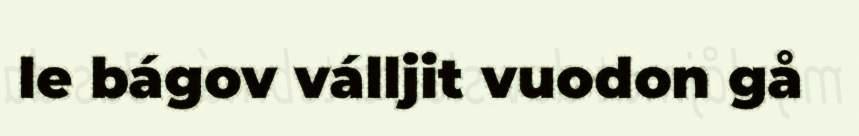
le bágov válljit vuodon gå